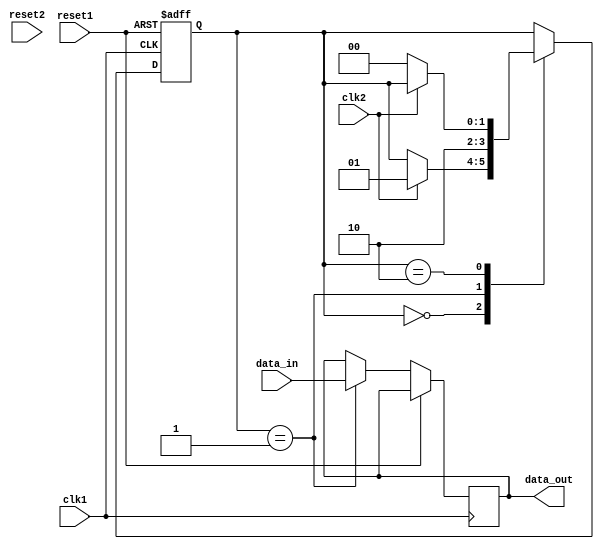
module synchronizer_with_reset (
    input wire clk1, // clock signal for domain 1
    input wire clk2, // clock signal for domain 2
    input wire reset1, // reset signal for domain 1
    input wire reset2, // reset signal for domain 2
    input wire data_in, // input data signal
    
    output reg data_out // synchronized output data signal
);

reg [1:0] sync_state;
reg [1:0] sync_reset_state;

always @(posedge clk1 or posedge reset1) begin
    if (reset1) begin
        sync_state <= 2'b00; // reset state
    end else begin
        case (sync_state)
            2'b00: begin // state 0
                if (clk2) begin
                    sync_state <= 2'b01; // transition to state 1
                end
            end
            2'b01: begin // state 1
                data_out <= data_in; // synchronized data
                sync_state <= 2'b10; // transition to state 2
            end
            2'b10: begin // state 2
                if (!clk2) begin
                    sync_state <= 2'b00; // transition to state 0
                end
            end
        endcase
    end
end

always @(posedge clk1 or posedge reset1) begin
    if (reset1) begin
        sync_reset_state <= 2'b00; // reset state
    end else begin
        case (sync_reset_state)
            2'b00: begin // state 0
                if (reset2) begin
                    sync_reset_state <= 2'b01; // transition to state 1
                end
            end
            2'b01: begin // state 1
                // synchronized reset logic here...
            end
        endcase
    end
end

endmodule